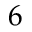
6